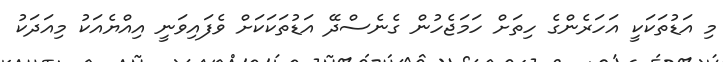
މި އަޑުތަކަކީ އަހަރެންގެ ހިތަށް ހަމަޖެހުން ގެނެސްދޭ އަޑުތަކަކަށް ވެފައިވަނީ އިއްޔެއަކު މިއަދަކު